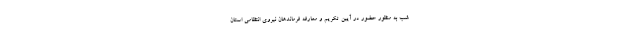
شب به منظور حضور در آیین تکریم و معارفه فرماندهان نیروی انتظامی استان